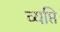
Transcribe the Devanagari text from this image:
व्यप्ति